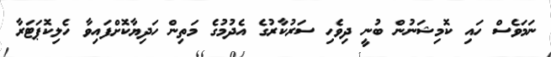
ނަމަވެސް ހައި ކޮމިޝަނުން ބުނީ ދިވެހި ސަރުކާރުގެ އެދުމުގެ މަތިން ހަދިޔާކޮށްފައިވާ ހެލިކޮޕަޓަރާ